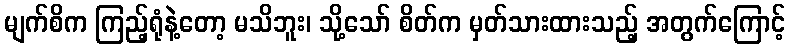
မျက်စိက ကြည့်ရုံနဲ့တော့ မသိဘူး၊ သို့သော် စိတ်က မှတ်သားထားသည့် အတွက်ကြောင့်